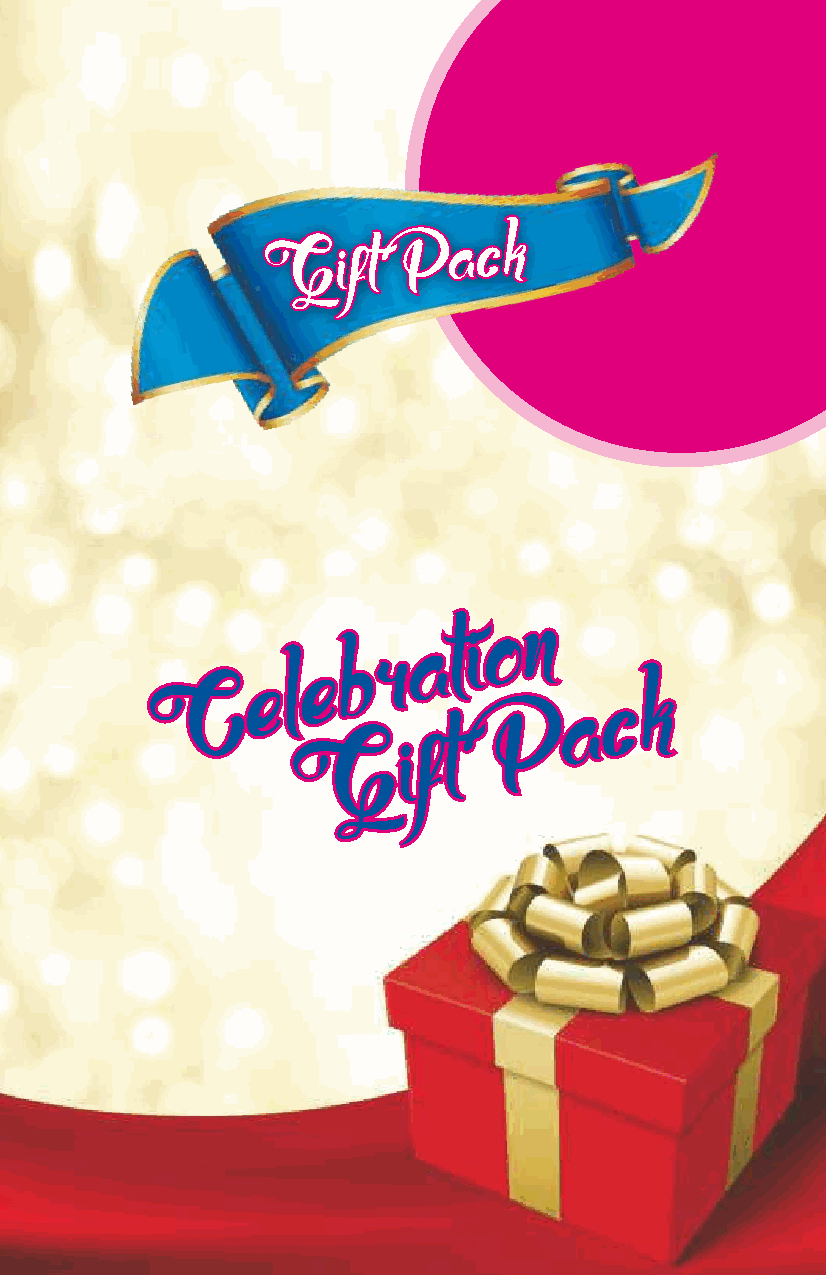
GGG iii fff ttt PPP aaa ccc kkk
 nnn
 ooo
 aaa ttt iii
 rrr
 bbb
 eee
 eee lll
 CCC                           kkk
 ccc
 aaa
 PPP
 GGG  iii fff ttt